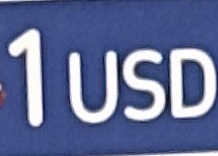
1 USD